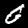
Label: 0